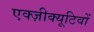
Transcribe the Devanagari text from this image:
एक्ज़ीक्यूटिवों